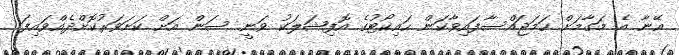
އޭނާ އެ މަގާމަށް ހަމަޖައްސާފައިވާކަން ހައިކޯޓުގެ އޮފިޝަލަކު ވަނީ ސަން އަށް ކަށަވަރުކޮށްދެއްވައިފަ